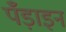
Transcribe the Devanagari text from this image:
पँड़ाइन